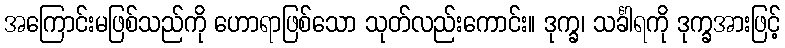
အကြောင်းမဖြစ်သည်ကို ဟောရာဖြစ်သော သုတ်လည်းကောင်း။ ဒုက္ခ၊ သင်္ခါရကို ဒုက္ခအားဖြင့်